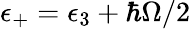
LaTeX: \epsilon_{+}=\epsilon_{3}+\hbar\Omega/2